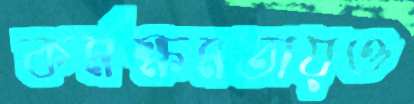
কর্মক্ষমতায়ও